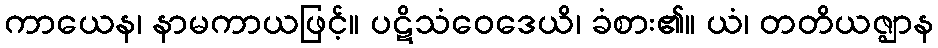
ကာယေန၊ နာမကာယဖြင့်။ ပဋိသံဝေဒေယိ၊ ခံစား၏။ ယံ၊ တတိယဇ္ဈာန